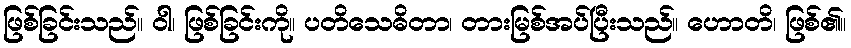
ဖြစ်ခြင်းသည်။ ဝါ၊ ဖြစ်ခြင်းကို။ ပတိသေဓိတာ၊ တားမြစ်အပ်ပြီးသည်။ ဟောတိ၊ ဖြစ်၏။